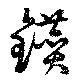
鑚